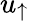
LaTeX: u_{\uparrow}